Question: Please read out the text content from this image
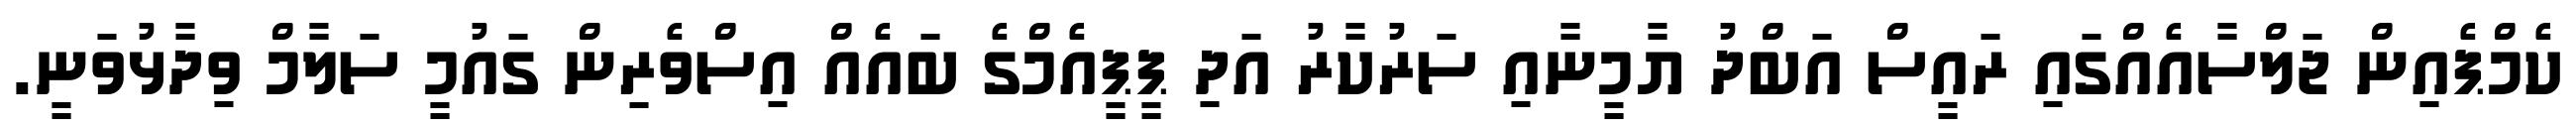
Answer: ކެމްޕެއިން ޖަލްސާއެއްގައި ރައީސް އަބްދު ޔާމީނާއި ސަރުކާރު އަދި ޕީޕީއެމްގެ ބައެއް އިސްވެރިން ގައުމީ ސަލާމް ވިދާޅުވަނީ.